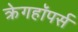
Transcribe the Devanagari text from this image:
क्रेगहॉपर्स